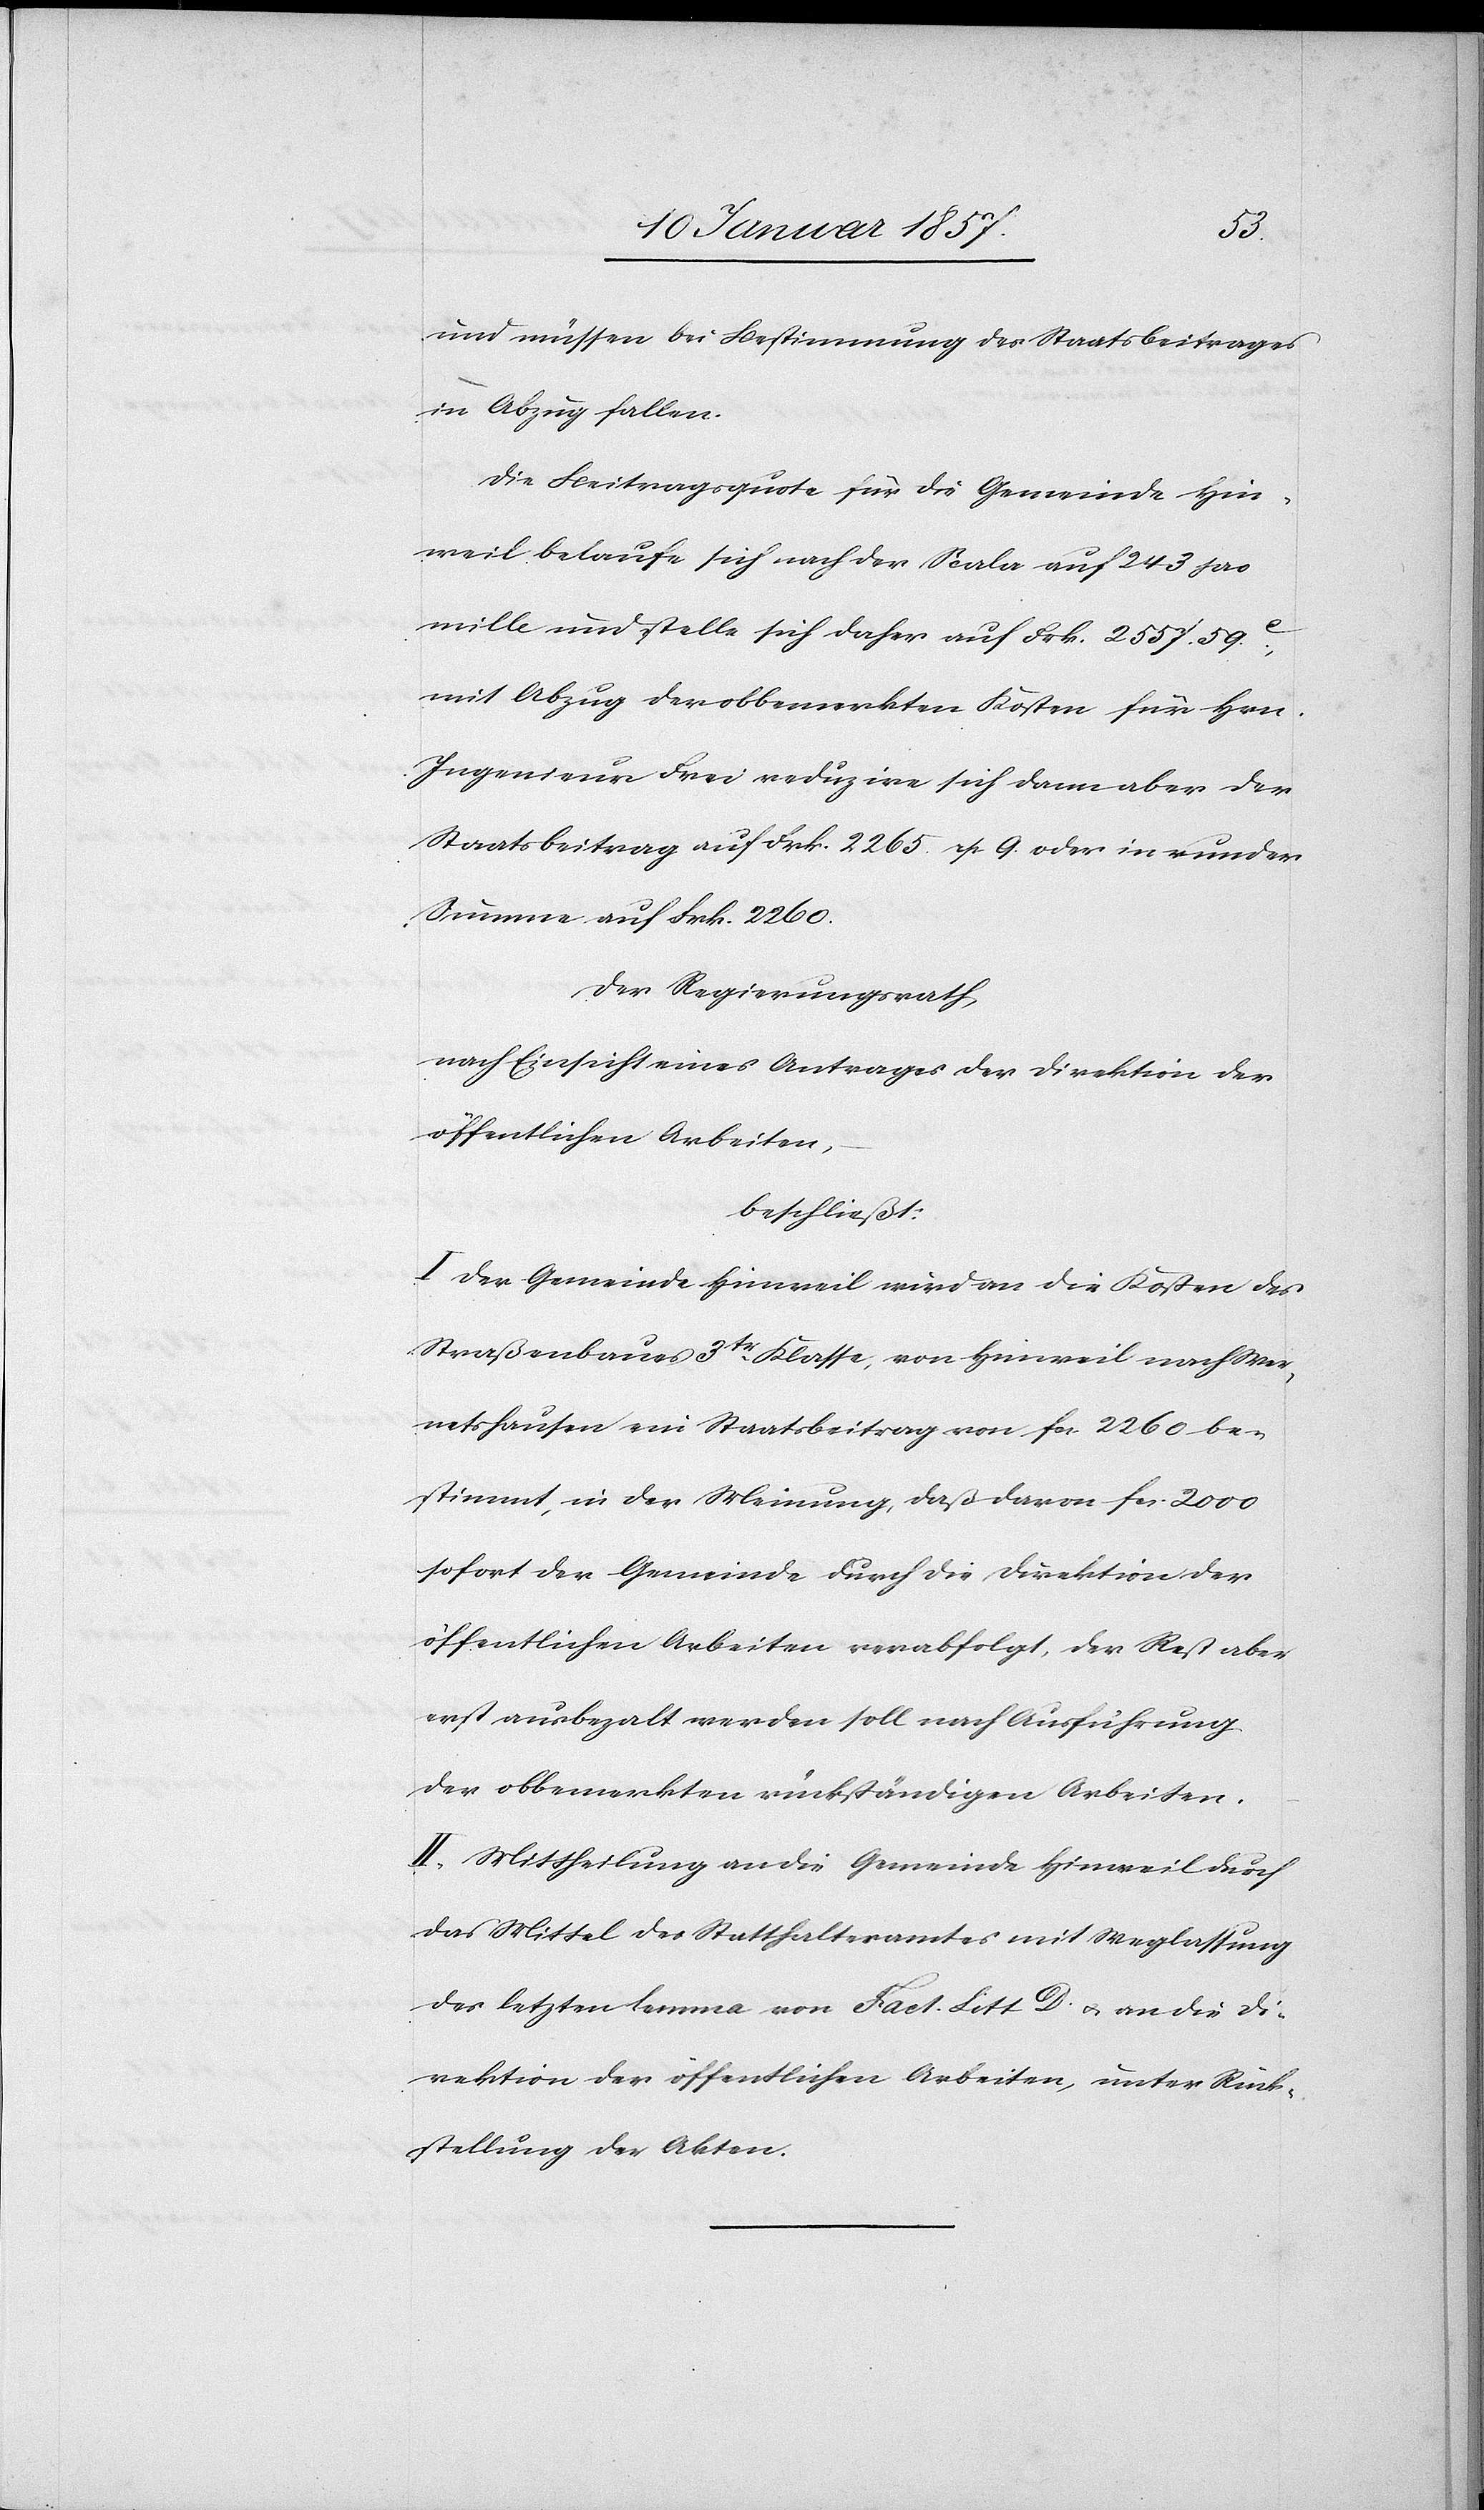
und müssen bei Bestimmungen der Staatsbeitrages
in Abzug fallen.
Die Leitungsquote für die Gemeinde Hin¬
weil belaufe sich nach der Scala auf 243 pro
mille und stelle sich daher auf frk. 2557. 59.
mit Abzug der obbemerkten Kosten für Hrn.
Ingenieur Frei reduzire sich dann aber der
Staatsbeitrag auf frk. 2265. rp 9. oder in runder
Summe auf frk. 2260.
Der Regierungsrath,
auf Einsicht eines Antrages der Direktion der
öffentlichen Arbeiten,
beschließt:
I. Der Gemeinde Hinweil wird an die Kosten des
Straßenbaues 3tr Klasse, von Hinweil nach Wer¬
netshausen ein Staatsbeitrag von fcs 2260 be¬
stimmt, in der Meinung, daß davon fcs. 2000
sofort der Gemeinde durch die Direktion der
öffentlichen Arbeiten verabfolgt, der Rest aber
erst ausbezalt werden soll nach Ausführung
der obbemerkten rückständigen Arbeiten.
II. Mittheilung an die Gemeinde Hinweil durch
das Mittel des Statthalteramtes mit Weglassung
des letzten Lemma von Fact. Litt D. & an die Di¬
rektion der öffentlichen Arbeiten, unter Rück¬
stellung der Akten.